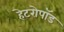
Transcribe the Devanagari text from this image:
हेटरोपॉड